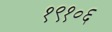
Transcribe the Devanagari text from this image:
१९१०६